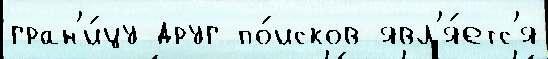
гран'и́цу друг по́исков явл'я́етс'я